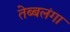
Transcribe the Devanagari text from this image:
तेब्बलंगा